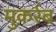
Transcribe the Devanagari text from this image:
मुक़र्रब